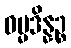
ဓမ္မဒိန္နဉ္စ